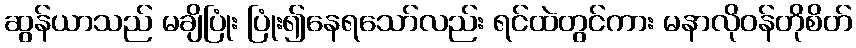
ဆွန်ယာသည် မချိပြုံး ပြုံး၍နေရသော်လည်း ရင်ထဲတွင်ကား မနာလိုဝန်တိုစိတ်